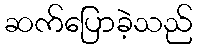
ဆက်ပြောခဲ့သည်